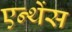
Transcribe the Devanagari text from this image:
एन्थेंस